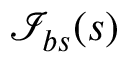
\mathcal { I } _ { b s } ( s )